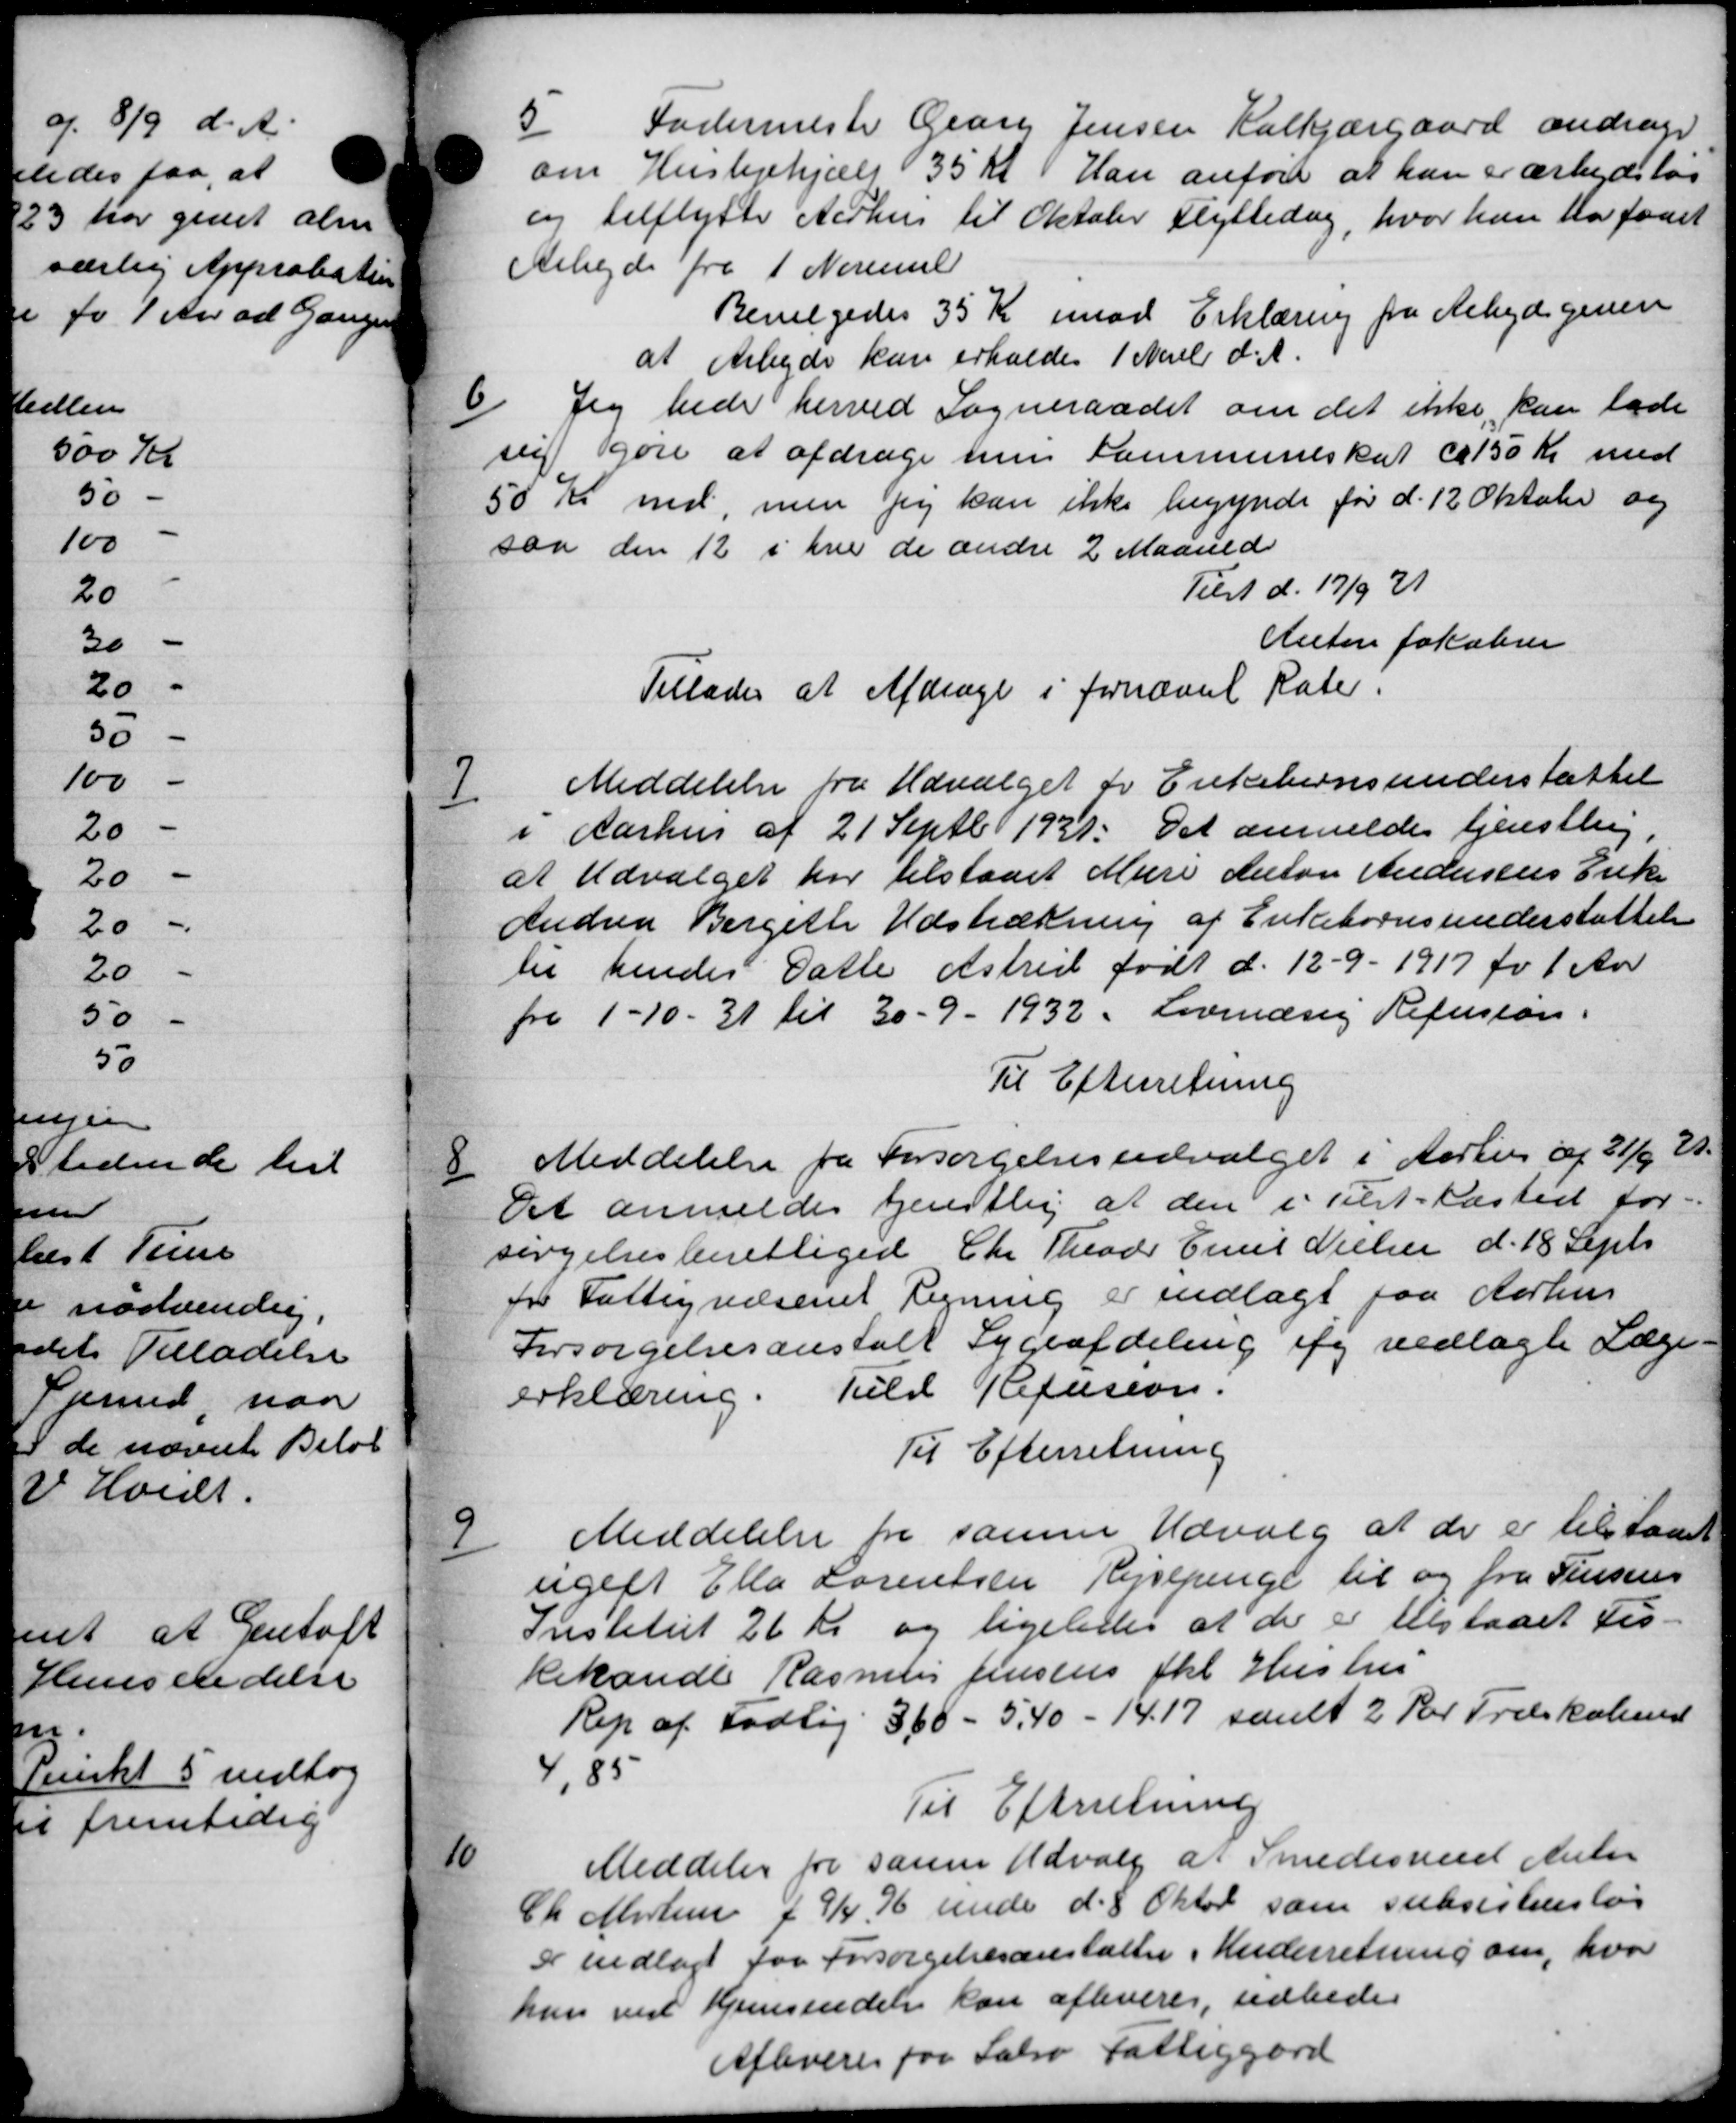
Transskription:
Fodermester Georg Jensen Kalkjærgaard andrager
om Huslejehjælp 35 Kr. Han anfor at han er arbejdsløs
og tilflytte Aarhus til Oktober Flyttedag, hvor han har faaet
Arbejde fra 1 Novemb
Bevilgedes 35 Kr imod Erklæring fra Arbejdsgiven
at Arbejde kan erholdes 1 Novb d. A.
6
Jeg hede herved Sogneraadet om det ikke kan lade
sig gøre at afdrage hen Kommuneskat ca 150 Kr med
50 Kr med, men jeg kan ikke begynde før d. 12 Oktober og
saa den 12 i hver de ændre 2 Maaned
Tilst d. 17/9 21
Anton Jakobsen
Tillades at Afdrage i fornævnt Rater.

Meddelelse fra Udvalget for Enkebørnsunderstøttel
i Aarhus af 21 Septb 1921. Det anmeldes tjenstling,
at Udvalget har tilstaaet Mure Anton Andersens Enke
Andrea Bergette Udstrækning af Enkebørnsunderstøttelse
til hendes Datte Astrid født d. 12 - 9 - 1917 fr 1 Aar
fra 1-10 - 31 til 30 - 9 - 1932 Lovmæsig Refusion.
Til Efterretning

Meddelelse fra Forsørgelsesudvalget i Aarhus af 21/6 E.
Det anmeldes tjenstlig at den i Tilst-Kasted for-
sørgelsesberettiget Chr Theods Emil Nielsen d. 18 Septr
for Fattigvæsenet Regning er indlagt paa Aarhus
Forsørgelsesanstalt Sygeafdeling og vedlagte Læge-
erklæring. Fuld Refusion.
Til Efterretning

Meddelelse fra samme Udvalg at der er til sam
ugelt Ella Lorentsen Rejsepenge til og fra Jensens
Institut 26 Kr og ligeledes at der er tilstaaet Fis-
kehandle Rasmus Jensens fkl Hustru
Rep af Fodtøj 360 - 5,40 - 14.17 samt 2 Kr Træskoled
85
Til Efterretning

Meddeler for samme Udvalg af Smedesvend Nielse
Ch Mortensen f 9/4, 76 under d. 8 Oktob som subsistensløs
Dr indlagt for Forsørgelsesanstalter i Underretning om, hvor
han ved Hjemsendelse kan afleveres, udbede
Aflevere paa Sabro Fattiggård